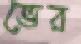
ভের